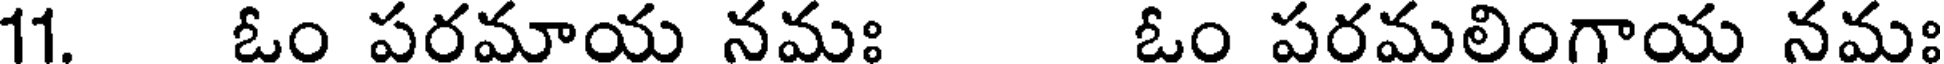
11. ఓం పరమాయ నమః ఓం పరమలింగాయ నమః